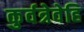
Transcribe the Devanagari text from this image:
कुर्वत्रेवेहि